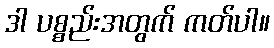
ဒါ ပစ္စည်းအတွက် ကတ်ပါ။